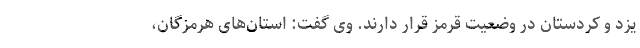
یزد و کردستان در وضعیت قرمز قرار دارند. وی گفت: استان‌های هرمزگان،